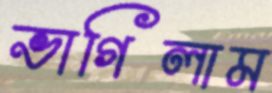
ভাগিলাম